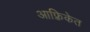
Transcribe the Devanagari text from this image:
आफ़्रिकेत